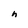
Character: h